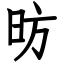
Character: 昉